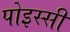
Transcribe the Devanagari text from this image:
पोइस्सी